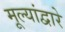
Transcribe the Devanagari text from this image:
मूल्यांद्वारे